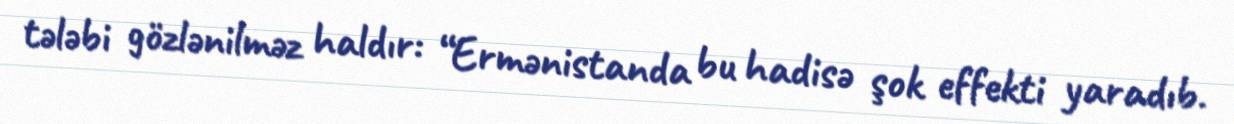
tələbi gözlənilməz haldır: “Ermənistanda bu hadisə şok effekti yaradıb.